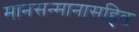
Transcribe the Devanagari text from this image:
मानसन्मानासहित